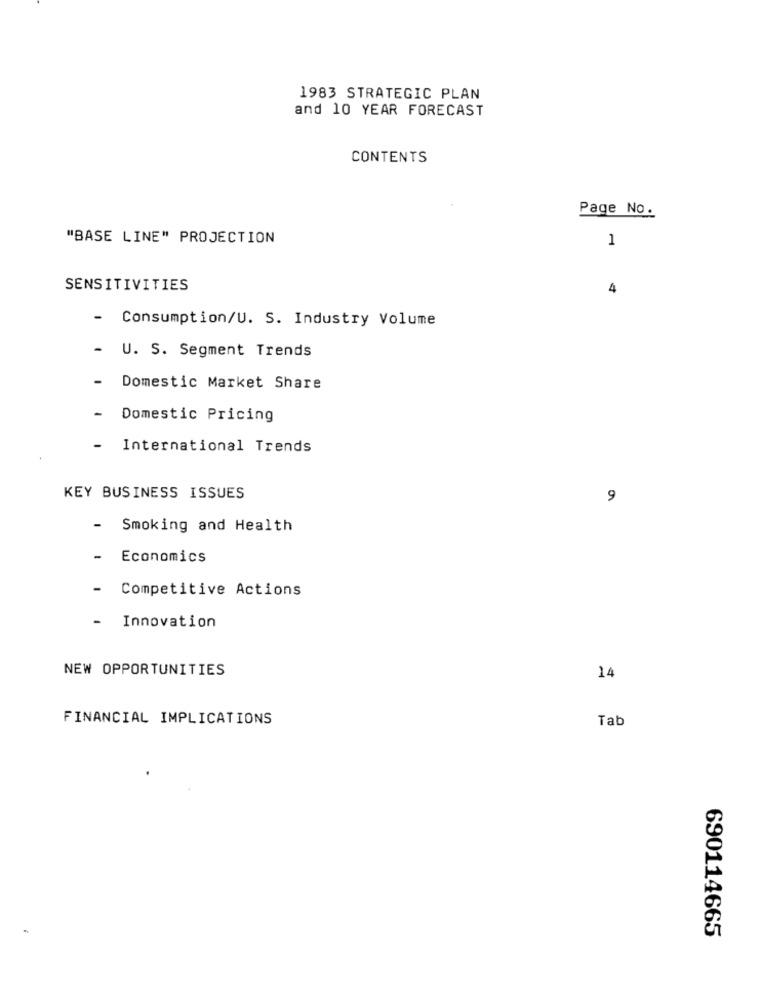
1983 STRATEGIC PLAN
and 10 YEAR FORECAST
CONTENTS
Page No.
"BASE LINE" PROJECTION
1
SENSITIVITIES
4
-
Consumption/U. S. Industry Volume
-
U. S. Segment Trends
Domestic Market Share
-
Domestic Pricing
-
International Trends
KEY BUSINESS ISSUES
9
-
Smoking and Health
-
Economics
- Competitive Actions
-
Innovation
NEW OPPORTUNITIES
14
FINANCIAL IMPLICATIONS
Tab
690114665